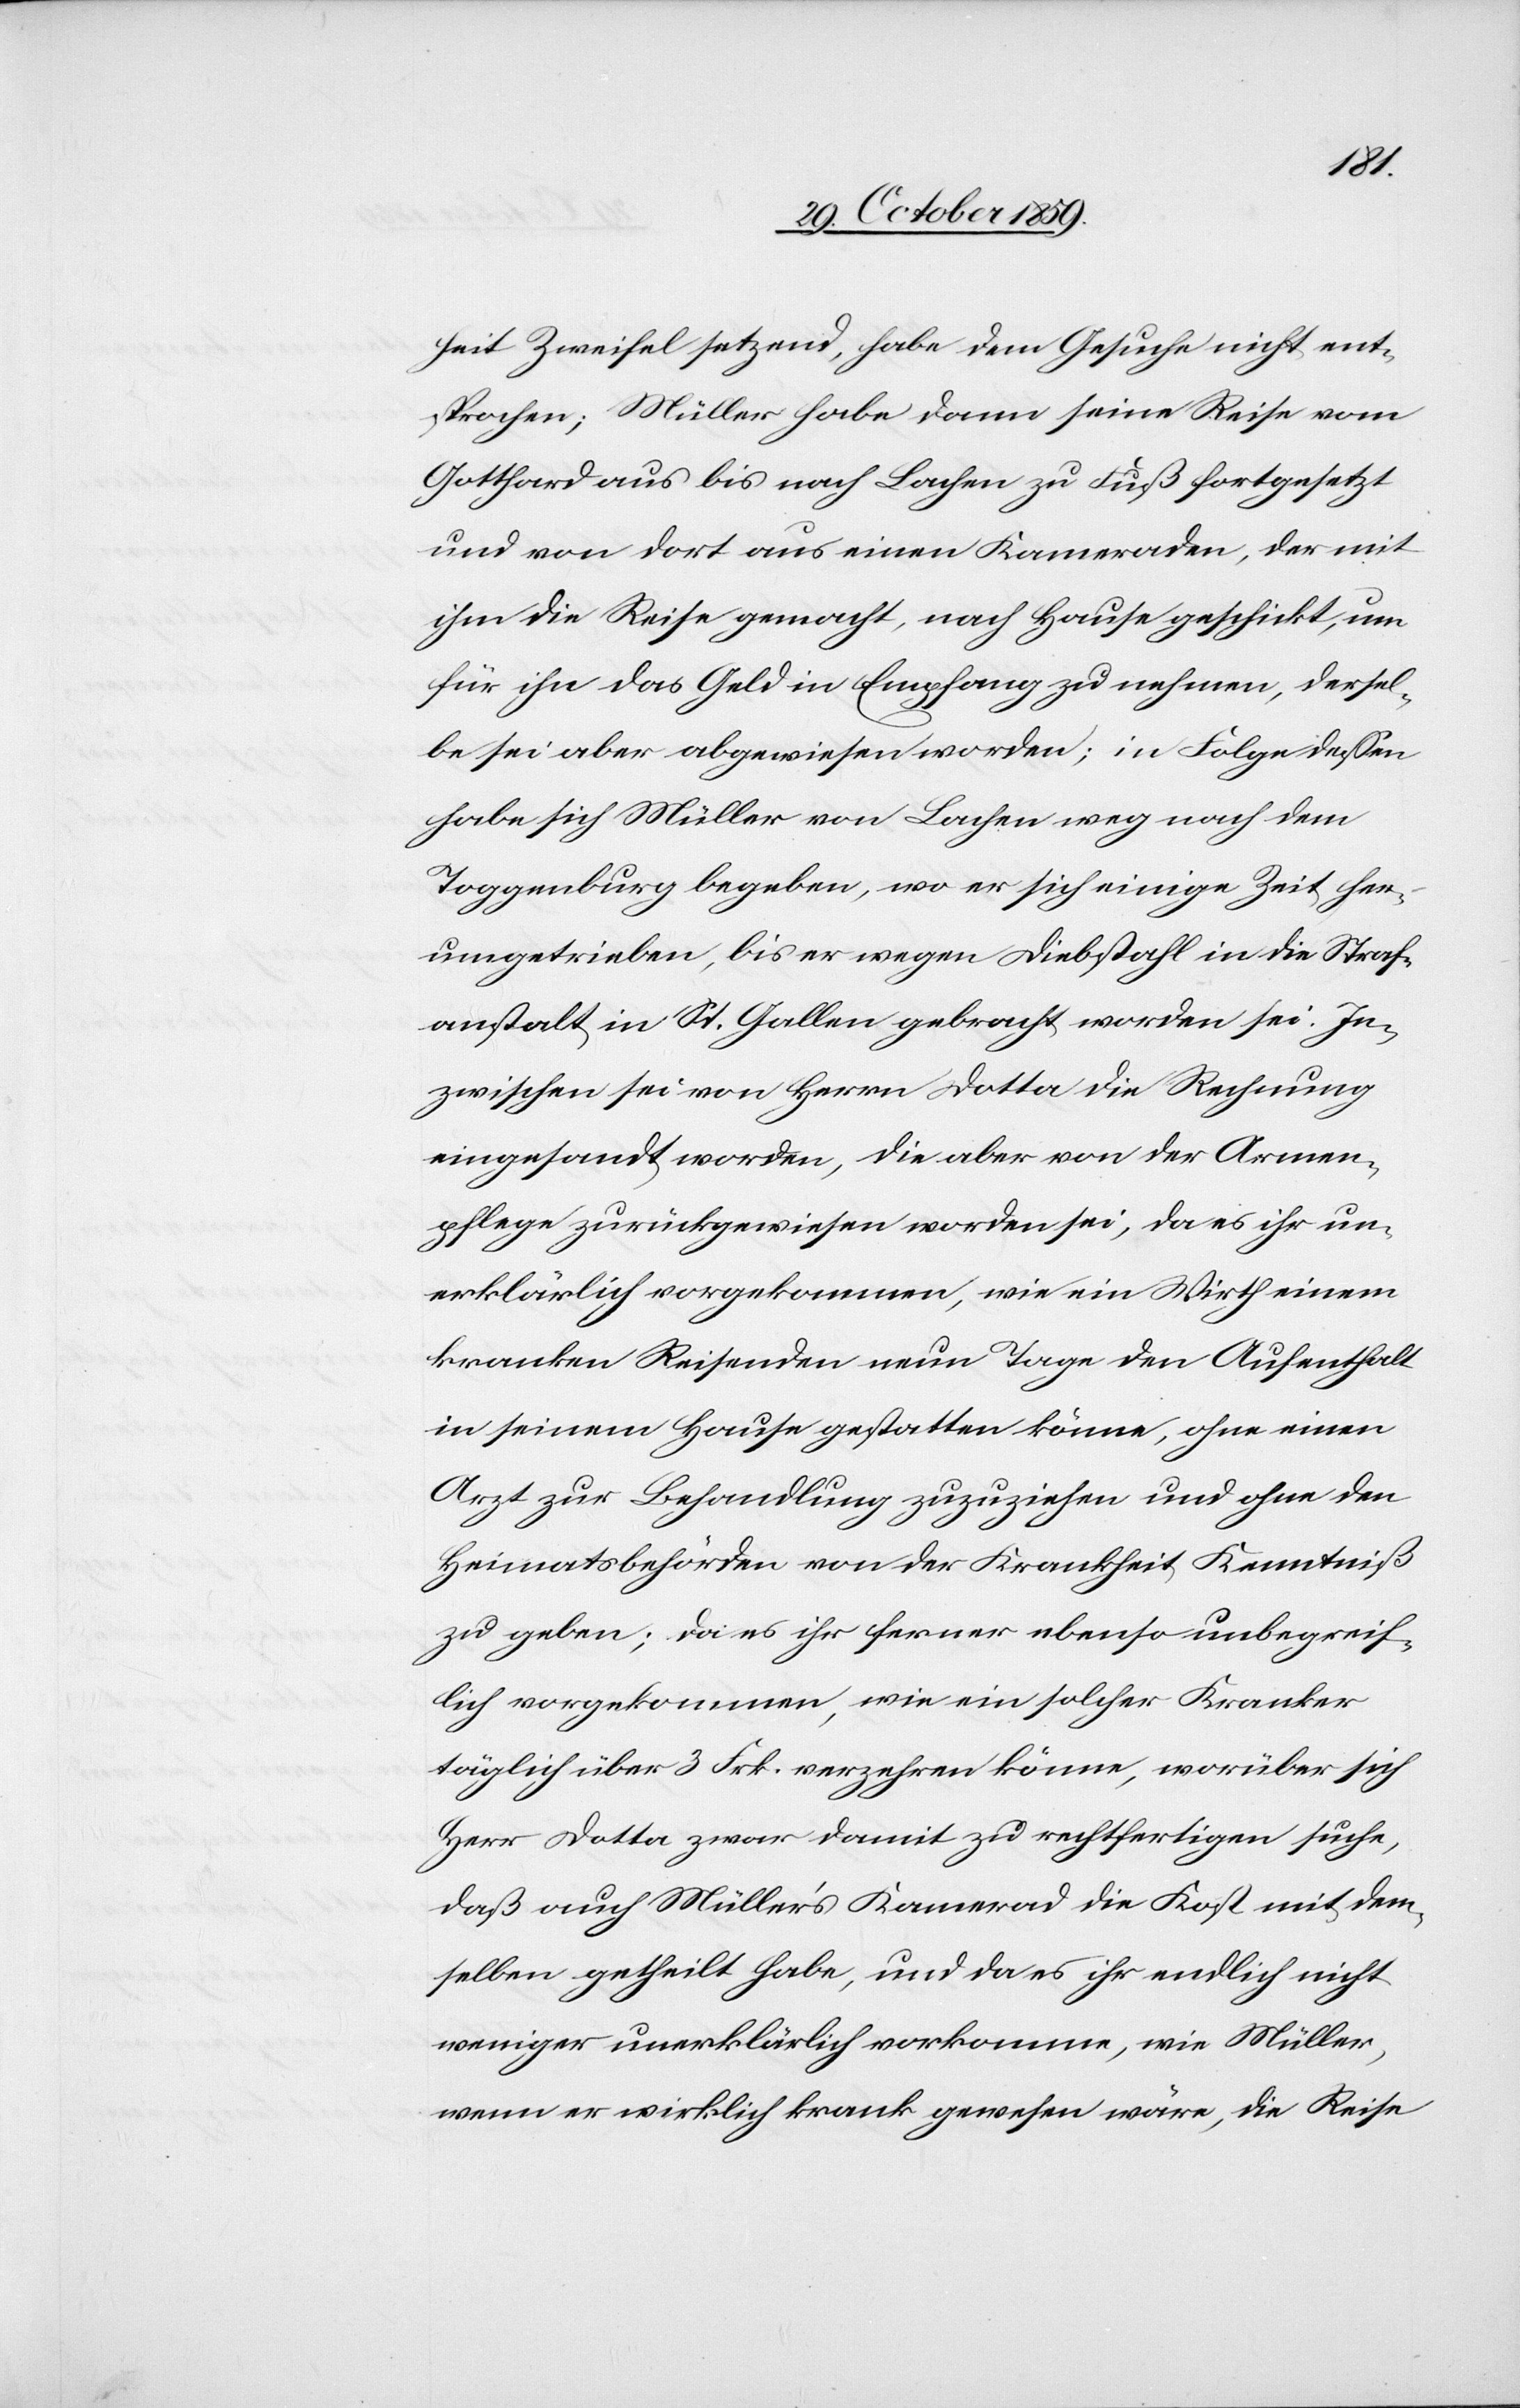
heit Zweifel setzend, habe dem Gesuche nicht ent¬
sprochen; Müller habe dann seine Reise vom
Gotthard aus bis nach Lachen zu Fuß fortgesetzt
und von dort aus einen Kameraden, der mit
ihm die Reise gemacht, nach Hause geschickt, um
für ihn das Geld in Empfang zu nehmen, dersel¬
be sei aber abgewiesen worden; in Folge dessen
habe sich Müller von Lachen weg nach dem
Toggenburg begeben, wo er sich einige Zeit her¬
umgetrieben, bis er wegen Diebstahl in die Straf¬
anstalt in St. Gallen gebracht worden sei. In¬
zwischen sei von Herrn Dotta die Rechnung
eingesandt worden, die aber von der Armen¬
pflege zurückgewiesen worden sei, da es ihr un¬
erklärlich vorgekommen, wie ein Wirth einem
kranken Reisenden neun Tage den Aufenthalt
in seinem Hause gestatten könne, ohne einen
Arzt zur Behandlung zuzuziehen und ohne den
Heimatsbehörden von der Krankheit Kenntniß
zu geben; da es ihr ferner ebenso unbegreif¬
lich vorgekommen, wie ein solcher Kranker
täglich über 3 Frk. verzehren könne, worüber sich
Herr Dotta zwar damit zu rechtfertigen suche,
daß auch Müller’s Kamerad Kost mit dem¬
selben getheilt habe, und da es ihr endlich nicht
weniger unerklärlich vorkomme, wie Müller,
wenn er wirklich krank gewesen wäre, die Reise